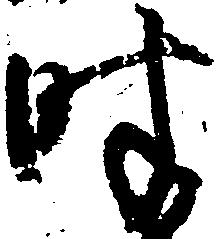
時